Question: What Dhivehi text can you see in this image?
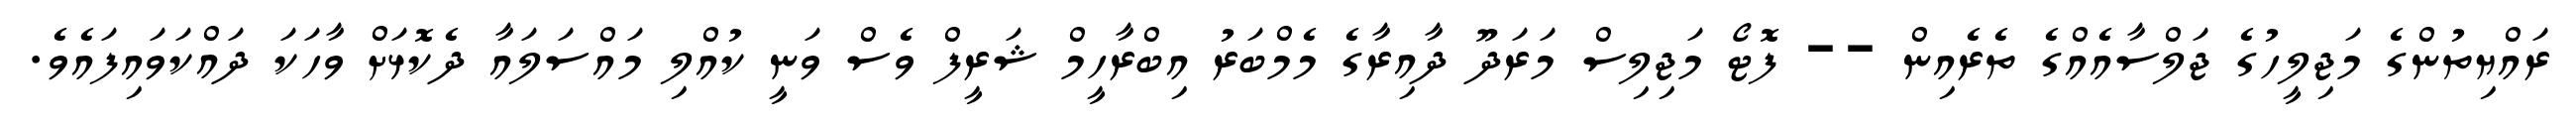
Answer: ރައްޔިތުންގެ މަޖިލީހުގެ ޖަލްސާއެއްގެ ތެރެއިން -- ފޮޓޯ މަޖިލިސް މަރަދޫ ދާއިރާގެ މެމްބަރު އިބްރާހީމް ޝަރީފް ވެސް ވަނީ ކުއްލި މައްސަލައާ ދެކޮޅަށް ވާހަކަ ދައްކަވައިފައެވެ.